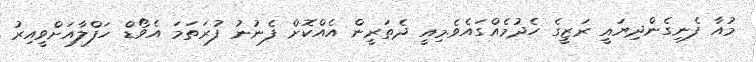
މުއާ ފެނިގެންދިޔައީ ރަޒީގެ ހެދުމެއްގައެވެ.މިއީ ދެތަރީން އެއްކޮށް ފެނުނު ފުރަތަމަ އެވޯޑް ހަފްލާއަށްވީއިރު